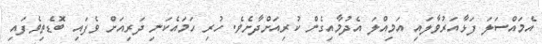
އެމައްސަލަ ފަޅާއަރުވާލައި އަމިއްލަ އެދުމާއިގެން ކުރިއަށްދާށެވެ. ހުރި ހަމައެކަނި ދަރިއަށް ވެފައި ބޮޑެތިވެފައި